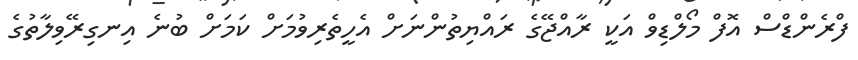
ފްރެންޑްސް އޮފް މޯލްޑިވް އަކީ ރާއްޖޭގެ ރައްޔިތުންނަށް އެހީތެރިވުމަށް ކަމަށް ބުނެ އިނގިރޭވިލާތުގެ